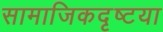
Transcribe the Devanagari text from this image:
सामाजिकदृष्‍टया